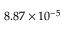
8 . 8 7 \times 1 0 ^ { - 5 }